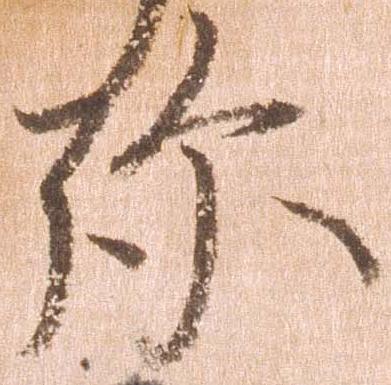
弥